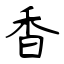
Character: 香